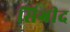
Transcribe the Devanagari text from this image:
सिग्रीद